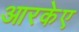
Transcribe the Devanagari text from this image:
आरकेए